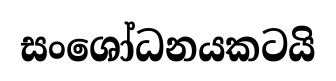
සංශෝධනයකටයි